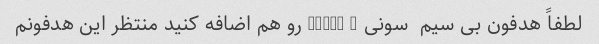
لطفاً هدفون بی سیم  سونی sbh90 c رو هم اضافه کنید منتظر این هدفونم